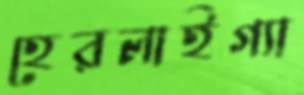
হেরলাইগ্যা